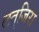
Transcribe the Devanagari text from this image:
लत्‌जिरा